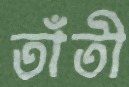
তাঁতী